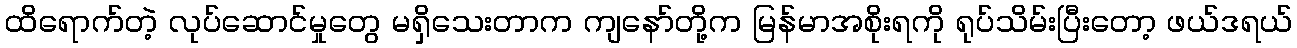
ထိရောက်တဲ့ လုပ်ဆောင်မှုတွေ မရှိသေးတာက ကျနော်တို့က မြန်မာအစိုးရကို ရုပ်သိမ်းပြီးတော့ ဖယ်ဒရယ်